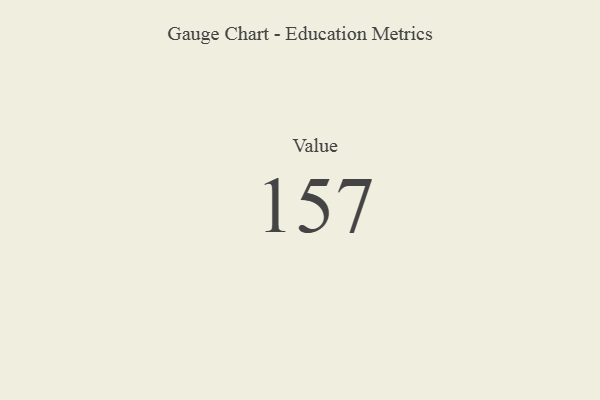
{"axis": {"x": "Metric", "y": "Value"}, "legend": [""], "data": [{"x": "Value", "y": 157, "type": ""}]}